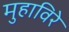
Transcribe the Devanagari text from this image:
मुहाविरे